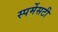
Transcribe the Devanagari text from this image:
स्पर्मेसटी